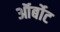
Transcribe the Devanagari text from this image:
ऑर्बोट